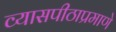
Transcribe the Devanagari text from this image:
व्यासपीठाप्रमाणे